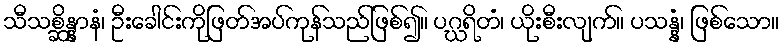
သီသစ္ဆိန္နာနံ၊ ဦးခေါင်းကိုဖြတ်အပ်ကုန်သည်ဖြစ်၍။ ပဂ္ဃရိတံ၊ ယိုးစီးလျက်။ ပသန္နံ၊ ဖြစ်သော။